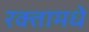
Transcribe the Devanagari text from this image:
रक्तामधे